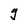
Character: g